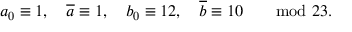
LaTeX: a _ { 0 } \equiv 1 , \quad { \overline { { a } } } \equiv 1 , \quad b _ { 0 } \equiv 1 2 , \quad { \overline { { b } } } \equiv 1 0 \qquad \mathrm { m o d } \ 2 3 .